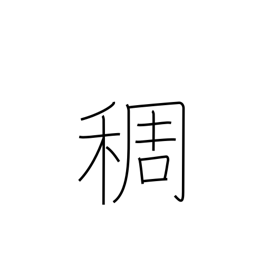
Meaning: density